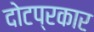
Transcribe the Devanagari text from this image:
दोटप्रकार